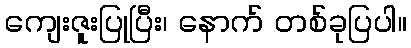
ကျေးဇူးပြုပြီး၊ နောက် တစ်ခုပြပါ။